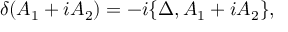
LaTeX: \delta ( A _ { 1 } + i A _ { 2 } ) = - i \{ \Delta , A _ { 1 } + i A _ { 2 } \} ,